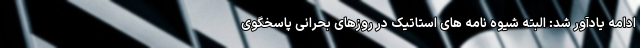
ادامه یادآور شد: البته شیوه نامه های استاتیک در روزهای بحرانی پاسخگوی